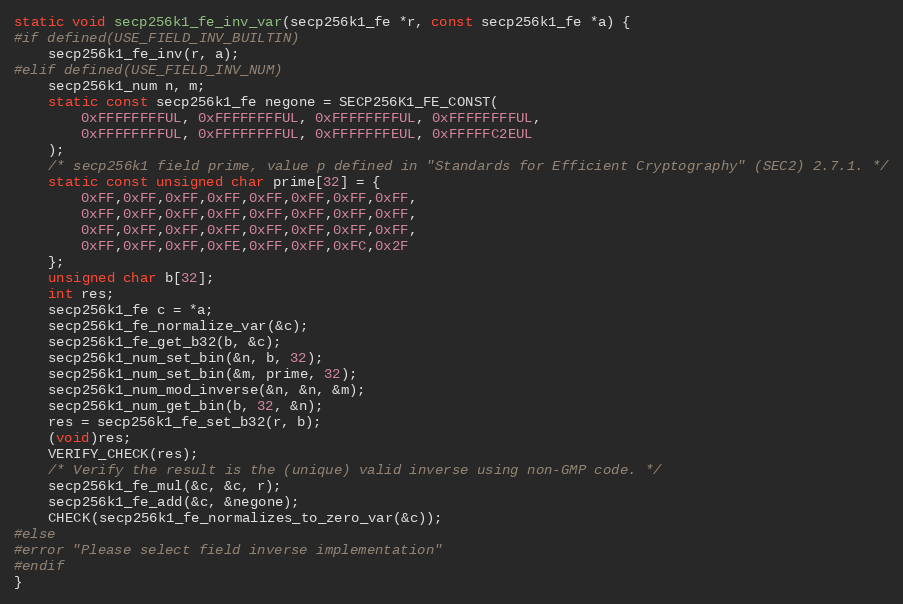
Language: C
static void secp256k1_fe_inv_var(secp256k1_fe *r, const secp256k1_fe *a) {
#if defined(USE_FIELD_INV_BUILTIN)
    secp256k1_fe_inv(r, a);
#elif defined(USE_FIELD_INV_NUM)
    secp256k1_num n, m;
    static const secp256k1_fe negone = SECP256K1_FE_CONST(
        0xFFFFFFFFUL, 0xFFFFFFFFUL, 0xFFFFFFFFUL, 0xFFFFFFFFUL,
        0xFFFFFFFFUL, 0xFFFFFFFFUL, 0xFFFFFFFEUL, 0xFFFFFC2EUL
    );
    /* secp256k1 field prime, value p defined in "Standards for Efficient Cryptography" (SEC2) 2.7.1. */
    static const unsigned char prime[32] = {
        0xFF,0xFF,0xFF,0xFF,0xFF,0xFF,0xFF,0xFF,
        0xFF,0xFF,0xFF,0xFF,0xFF,0xFF,0xFF,0xFF,
        0xFF,0xFF,0xFF,0xFF,0xFF,0xFF,0xFF,0xFF,
        0xFF,0xFF,0xFF,0xFE,0xFF,0xFF,0xFC,0x2F
    };
    unsigned char b[32];
    int res;
    secp256k1_fe c = *a;
    secp256k1_fe_normalize_var(&c);
    secp256k1_fe_get_b32(b, &c);
    secp256k1_num_set_bin(&n, b, 32);
    secp256k1_num_set_bin(&m, prime, 32);
    secp256k1_num_mod_inverse(&n, &n, &m);
    secp256k1_num_get_bin(b, 32, &n);
    res = secp256k1_fe_set_b32(r, b);
    (void)res;
    VERIFY_CHECK(res);
    /* Verify the result is the (unique) valid inverse using non-GMP code. */
    secp256k1_fe_mul(&c, &c, r);
    secp256k1_fe_add(&c, &negone);
    CHECK(secp256k1_fe_normalizes_to_zero_var(&c));
#else
#error "Please select field inverse implementation"
#endif
}